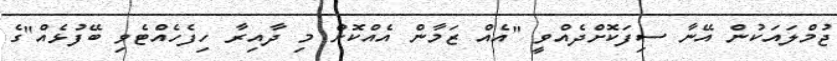
ޖުމްލައަކުން އޭނާ ސިފަކޮށްދެއްވީ "އެއް ޒަމާން އެއްކޮށް މި ދާއިރާ ހިފެހެއްޓެވި ބޭފުޅެއް"ގެ